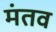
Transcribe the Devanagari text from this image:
मंतव